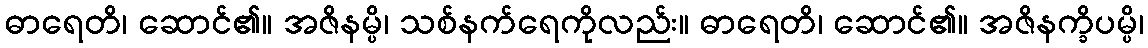
ဓာရေတိ၊ ဆောင်၏။ အဇိနမ္ပိ၊ သစ်နက်ရေကိုလည်း။ ဓာရေတိ၊ ဆောင်၏။ အဇိနက္ခိပမ္ပိ၊